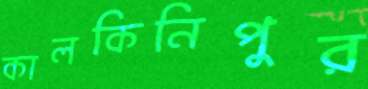
কালকিনিপুর